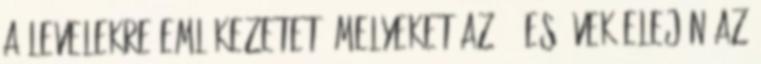
a levelekre emlékezetet, melyeket az 50-es évek elején az